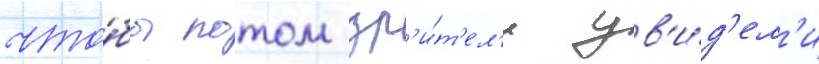
что́бы потом зр'и́т'ел'и ув'и́д'ел'и